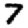
Digit: 7